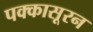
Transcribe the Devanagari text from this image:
पक्कासूरन